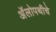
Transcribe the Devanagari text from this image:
अॅलोपथीचे